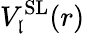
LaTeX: V_{\mathfrak{l}}^{\mathrm{{SL}}}(r)